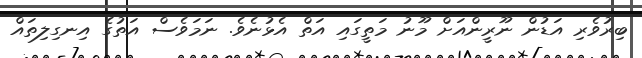
ބިރުވެރި އަޑުން ނޫރީންއަށް މޫނު މަތީގައި އަތް އެޅުނެވެ. ނަމަވެސް އަތުގެ އިނގިލިތައް